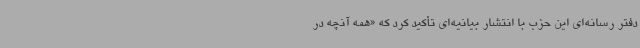
دفتر رسانه‌ای این حزب با انتشار بیانیه‌ای تأکید کرد که «همه آنچه در